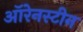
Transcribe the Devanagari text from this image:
ऑरेनस्टीन